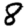
Digit: 8